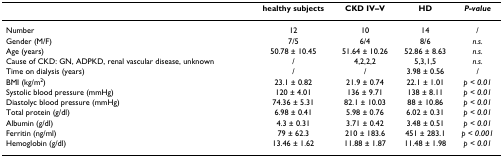
|  | healthy subjects | CKD IV–V | HD | P-value |
 | --- | --- | --- | --- | --- |
 | Number | 12 | 10 | 14 | / |
 | Gender (M/F) | 7/5 | 6/4 | 8/6 | n.s. |
 | Age (years) | 50.78 ± 10.45 | 51.64 ± 10.26 | 52.86 ± 8.63 | n.s. |
 | Cause of CKD: GN, ADPKD, renal vascular disease, unknown | / | 4,2,2,2 | 5,3,1,5 | n.s. |
 | Time on dialysis (years) | / | / | 3.98 ± 0.56 | / |
 | BMI (kg/m2) | 23.1 ± 0.82 | 21.9 ± 0.74 | 22.1 ± 1.01 | p < 0.01 |
 | Systolic blood pressure (mmHg) | 120 ± 4.01 | 136 ± 9.71 | 138 ± 8.11 | p < 0.01 |
 | Diastolyc blood pressure (mmHg) | 74.36 ± 5.31 | 82.1 ± 10.03 | 88 ± 10.86 | p < 0.01 |
 | Total protein (g/dl) | 6.98 ± 0.41 | 5.98 ± 0.76 | 6.02 ± 0.31 | p < 0.01 |
 | Albumin (g/dl) | 4.3 ± 0.31 | 3.71 ± 0.42 | 3.48 ± 0.51 | p < 0.01 |
 | Ferritin (ng/ml) | 79 ± 62.3 | 210 ± 183.6 | 451 ± 283.1 | p < 0.001 |
 | Hemoglobin (g/dl) | 13.46 ± 1.62 | 11.88 ± 1.87 | 11.48 ± 1.98 | p < 0.01 |